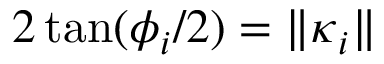
2 \tan ( \phi _ { i } / 2 ) = \lVert \boldsymbol { \kappa } _ { i } \rVert